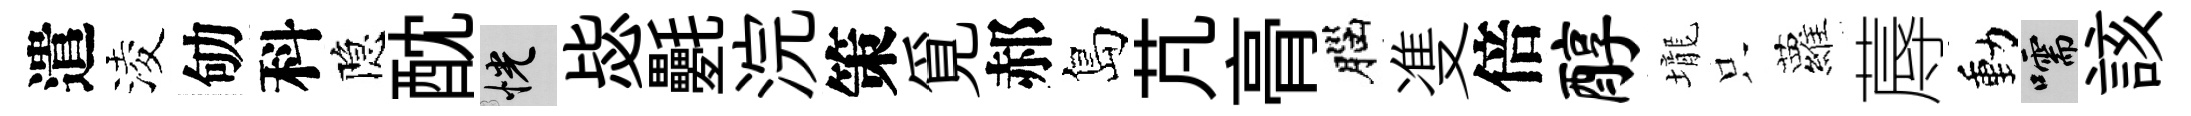
遣淩劬科隐酖恍毖氎浣策覓郝島芃𮌔腦㕠倍醇壠只蘿蓐動嚅該